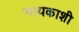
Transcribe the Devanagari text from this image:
गायकाशी